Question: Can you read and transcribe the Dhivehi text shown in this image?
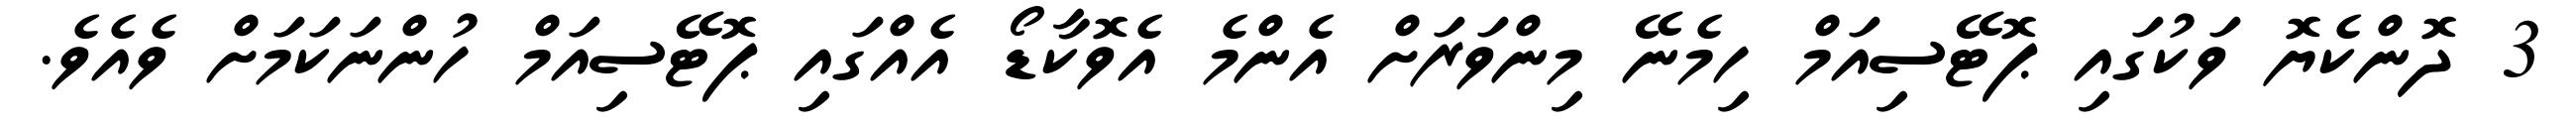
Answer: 3 ދޮންކެޔޮ ވަކުގައި ޕޮޓޭސިއަމް ހިމެނޭ މިންވަރަށް އެންމެ އެވޮކާޑޯ އެއްގައި ޕޮޓޭސިއަމް ހުންނަކަމަށް ވެއެވެ.